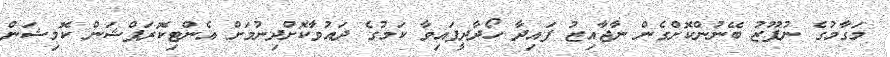
މަގާމުގެ ނުފޫޒު ބޭނުންކޮށްގެން ނާޖާއިޒު ފައިދާ ހޯދާދީފައިވާ ކަމުގެ ދައުވާކޮށްދިނުމަށް އެންޓިކޮރަޕްޝަން ކޮމިޝަން